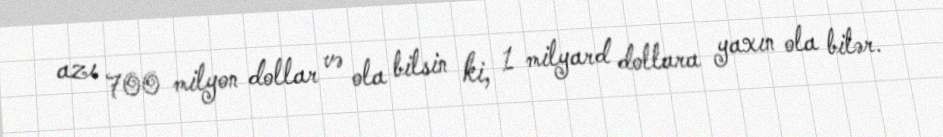
azı 700 milyon dollar və ola bilsin ki, 1 milyard dollara yaxın ola bilər.